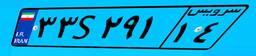
۷۴S۶۶۵۰۲